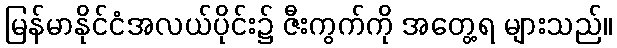
မြန်မာနိုင်ငံအလယ်ပိုင်း၌ ဇီးကွက်ကို အတွေ့ရ များသည်။